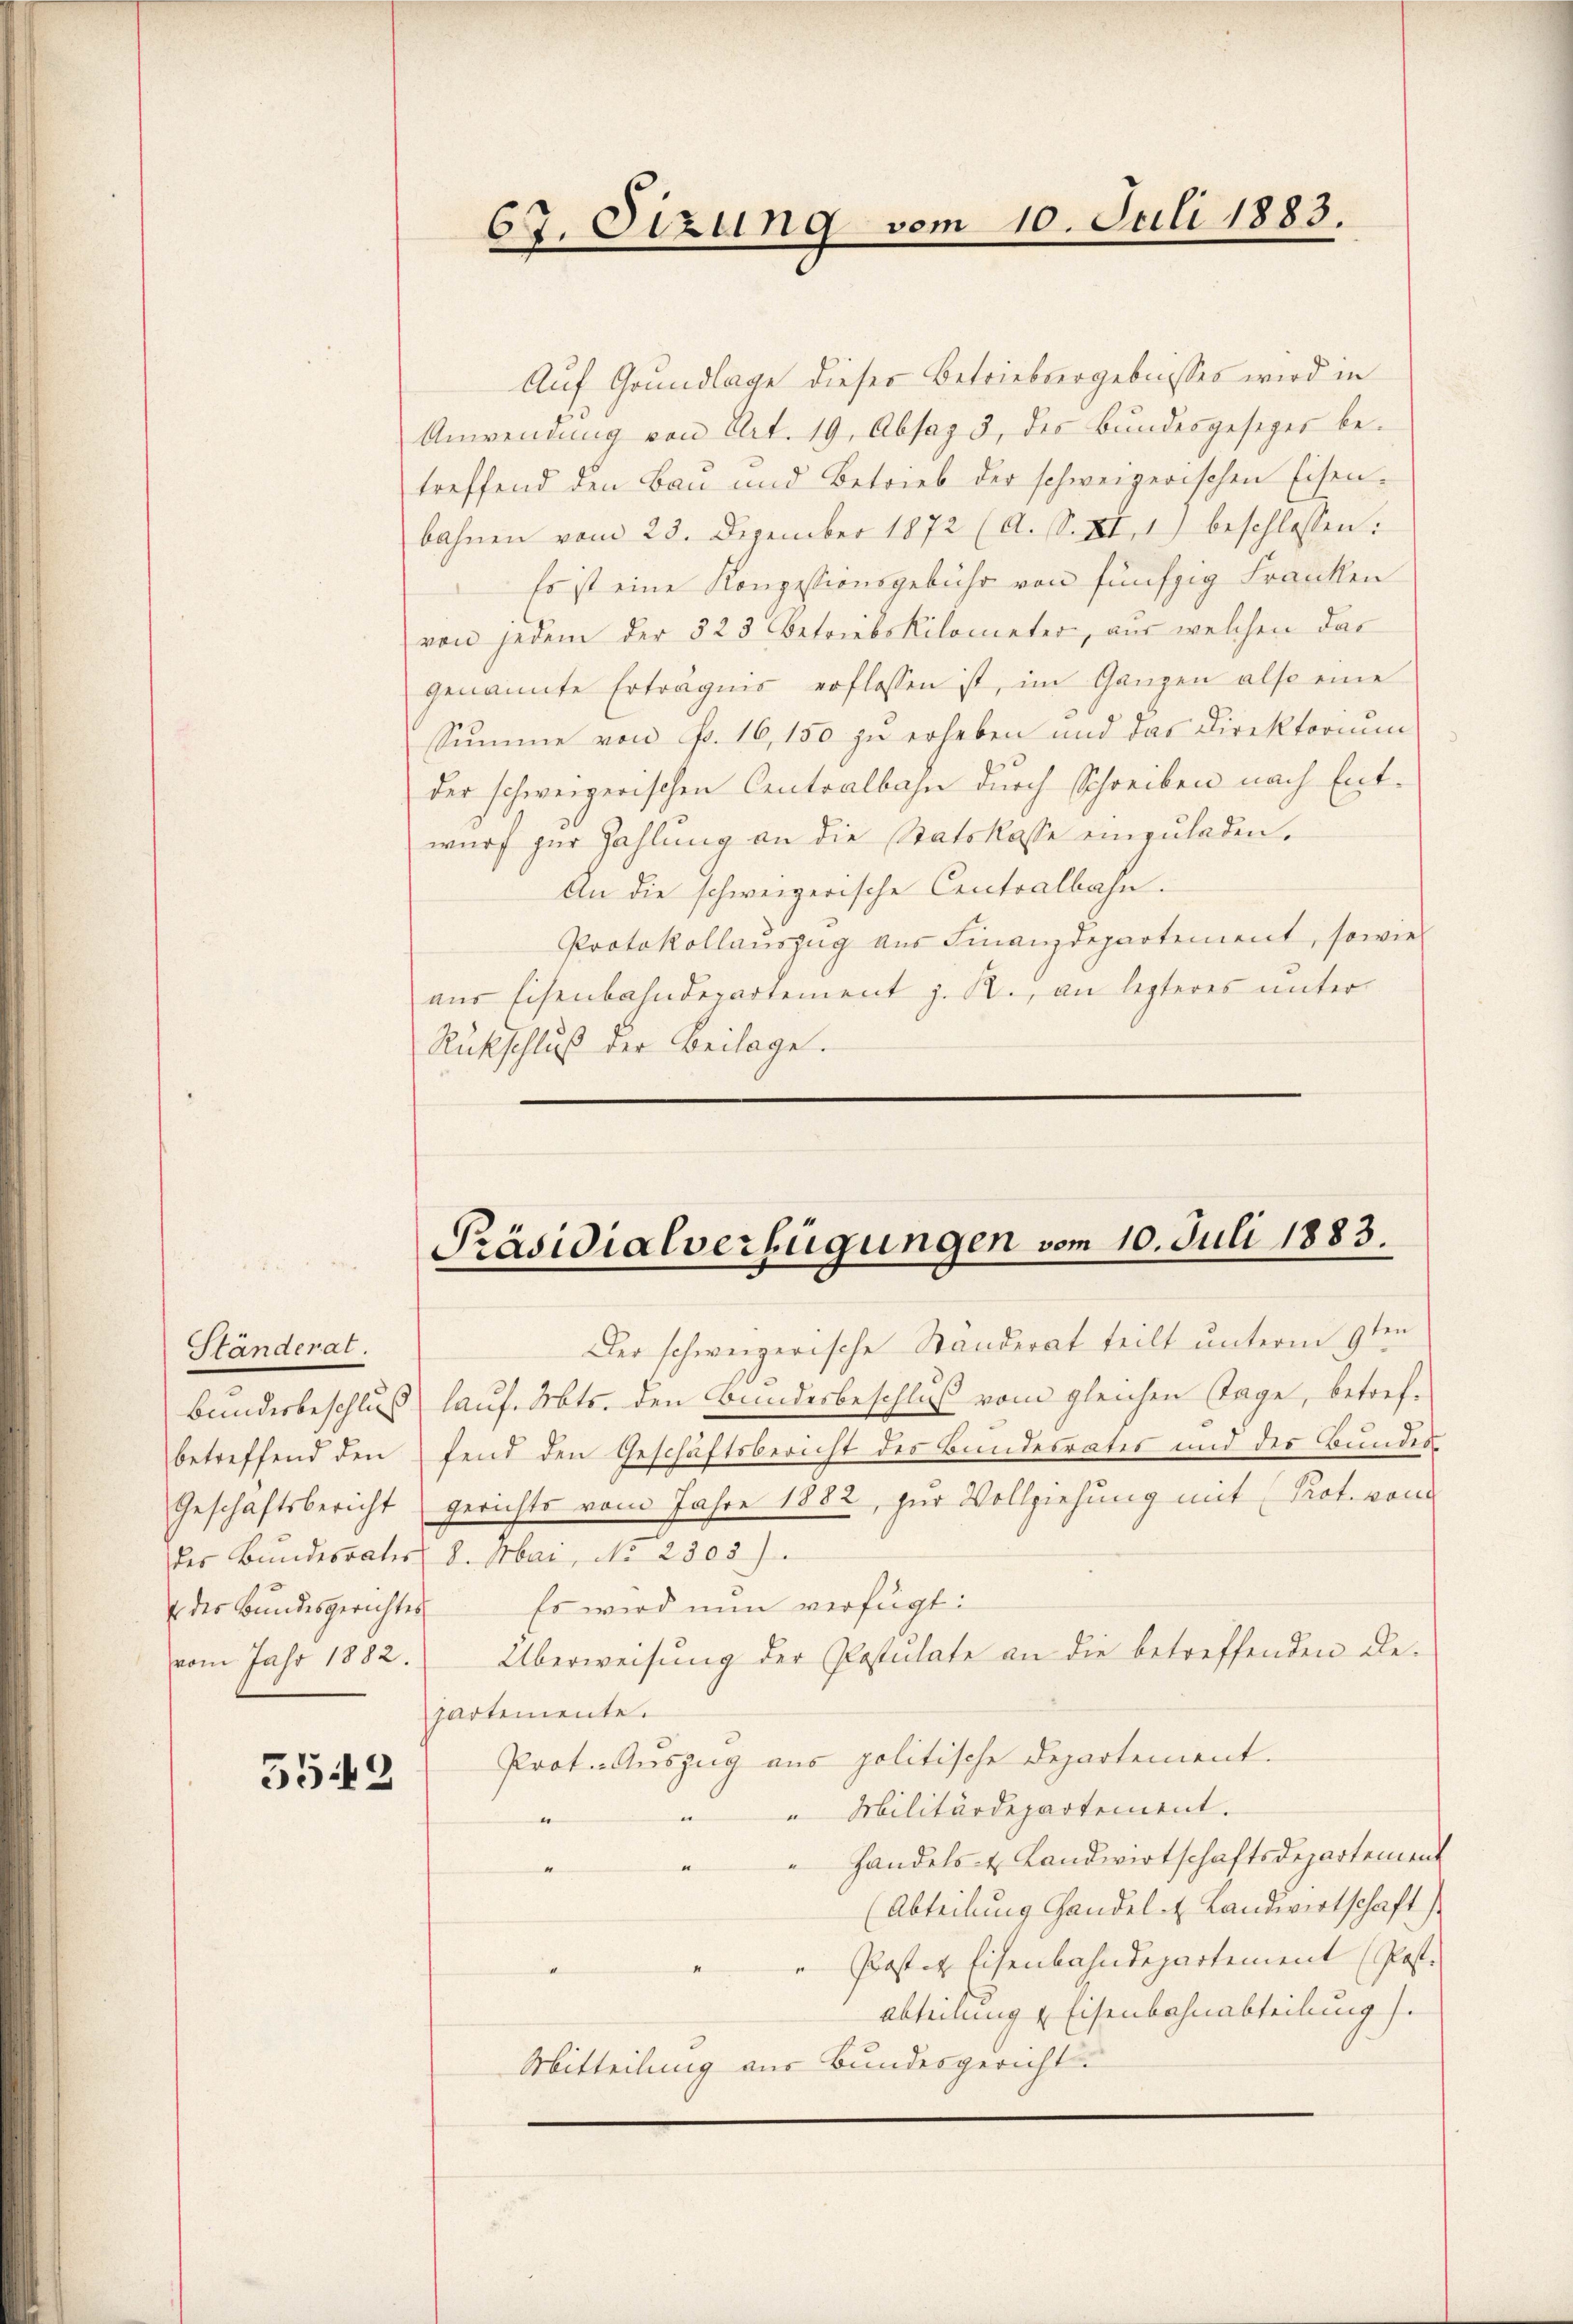
Ständerat.
vom Jahr 1882.

5542

67. Sizung vom 10. Juli 1883.

Auf Grundlage dieser Betriebsergebnisses wird in
Anwendung von Art. 19. Absaz 3., des Bundesgeseger be-
treffend den Bau und Betrieb der schweizerischen Eisen-
bahnen vom 23. Dezember 1872 (A. S. XI. 1) beschlossen:
Es ist eine Konzessionsgebühr von fünfzig Franken
von jedem der 523 betriebskilometer, aus welchen das
genannte Erträgnis erflossen ist, im Ganzen also eine
Summe von Fr. 16, 150 zu erheben und das Direktorium
der schweizerischen Centralbahn durch Schreiben nach Entwurf zur Zahlung an die Statskasse einzŭladen.
An die schweizerische Centralbahn.
Protokollauszug aus Finanzdepartement, sowie
aus Eisenbahndepartement z. R., an lezteres unter
Rückschluß der Beilage.

Präsidialverfügungen vom 10. Juli 1883.

Der schweizerische Ständerat teilt unterm 9ten
Bundesbeschluß lauf. Mts. den Bundesbeschluß vom gleichen Tage, betrefbetreffend den fend den Geschäftsbericht des Bundesrates und des Bundes¬
Geschäftsbericht gerichts vom Jahre 1882, zur Vollziehung mit Prot. von
des Bundesrates 8. Mai, No 2305).
der Bundesgerichtes. Es wird nun verfügt:
Überweisung der Postulate an die betreffenden Departemente.
Prot. Auszug aus politische Departement.
"Militärdepartement.
.
e
" Handels- & Landwirtschaftsdepartement
(Abteilung handel u. Landwirtschaft
" Pastet Eisenbahndepartement (Post.
4
e
Abteilung & Eisenbahnabteilung).
Mitteilung aus Bundesgericht.